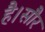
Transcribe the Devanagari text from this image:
है।सौर